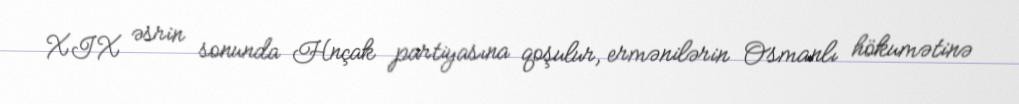
XIX əsrin sonunda Hnçak partiyasına qoşulur, ermənilərin Osmanlı hökumətinə